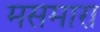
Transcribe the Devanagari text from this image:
मसमारा